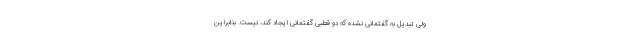
ولی تبدیل به گفتمانی نشده که دو قطبی گفتمانی ایجاد کند، نیست. بنابراین